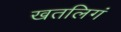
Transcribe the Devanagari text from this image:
खतलिगं